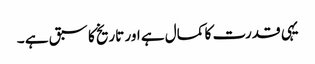
یہی قدرت کا کمال ہے اور تاریخ کا سبق ہے ۔